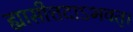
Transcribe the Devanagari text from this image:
ह्यासीत्तदाऽभवत्।